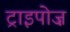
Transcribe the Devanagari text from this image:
ट्राइपोज़